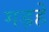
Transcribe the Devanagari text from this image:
गड़हे